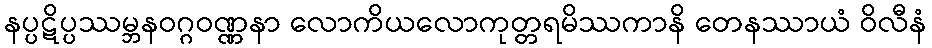
နပ္ပဋိပ္ပဿမ္ဘနဝဂ္ဂဝဏ္ဏနာ လောကိယလောကုတ္တရမိဿကာနိ တေနဿာယံ ဝိလီနံ